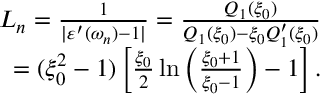
\begin{array} { r } { L _ { n } = \frac { 1 } { | \varepsilon ^ { \prime } ( \omega _ { n } ) - 1 | } = \frac { Q _ { 1 } ( \xi _ { 0 } ) } { Q _ { 1 } ( \xi _ { 0 } ) - \xi _ { 0 } Q _ { 1 } ^ { \prime } ( \xi _ { 0 } ) } } \\ { = ( \xi _ { 0 } ^ { 2 } - 1 ) \left[ \frac { \xi _ { 0 } } { 2 } \ln \left( \frac { \xi _ { 0 } + 1 } { \xi _ { 0 } - 1 } \right) - 1 \right] . } \end{array}